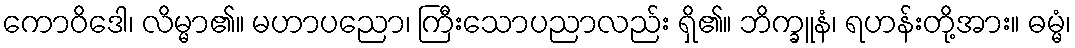
ကောဝိဒေါ၊ လိမ္မာ၏။ မဟာပညော၊ ကြီးသောပညာလည်း ရှိ၏။ ဘိက္ခူနံ၊ ရဟန်းတို့အား။ ဓမ္မံ၊